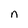
Character: n